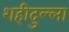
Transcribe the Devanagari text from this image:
शहीदुल्ला